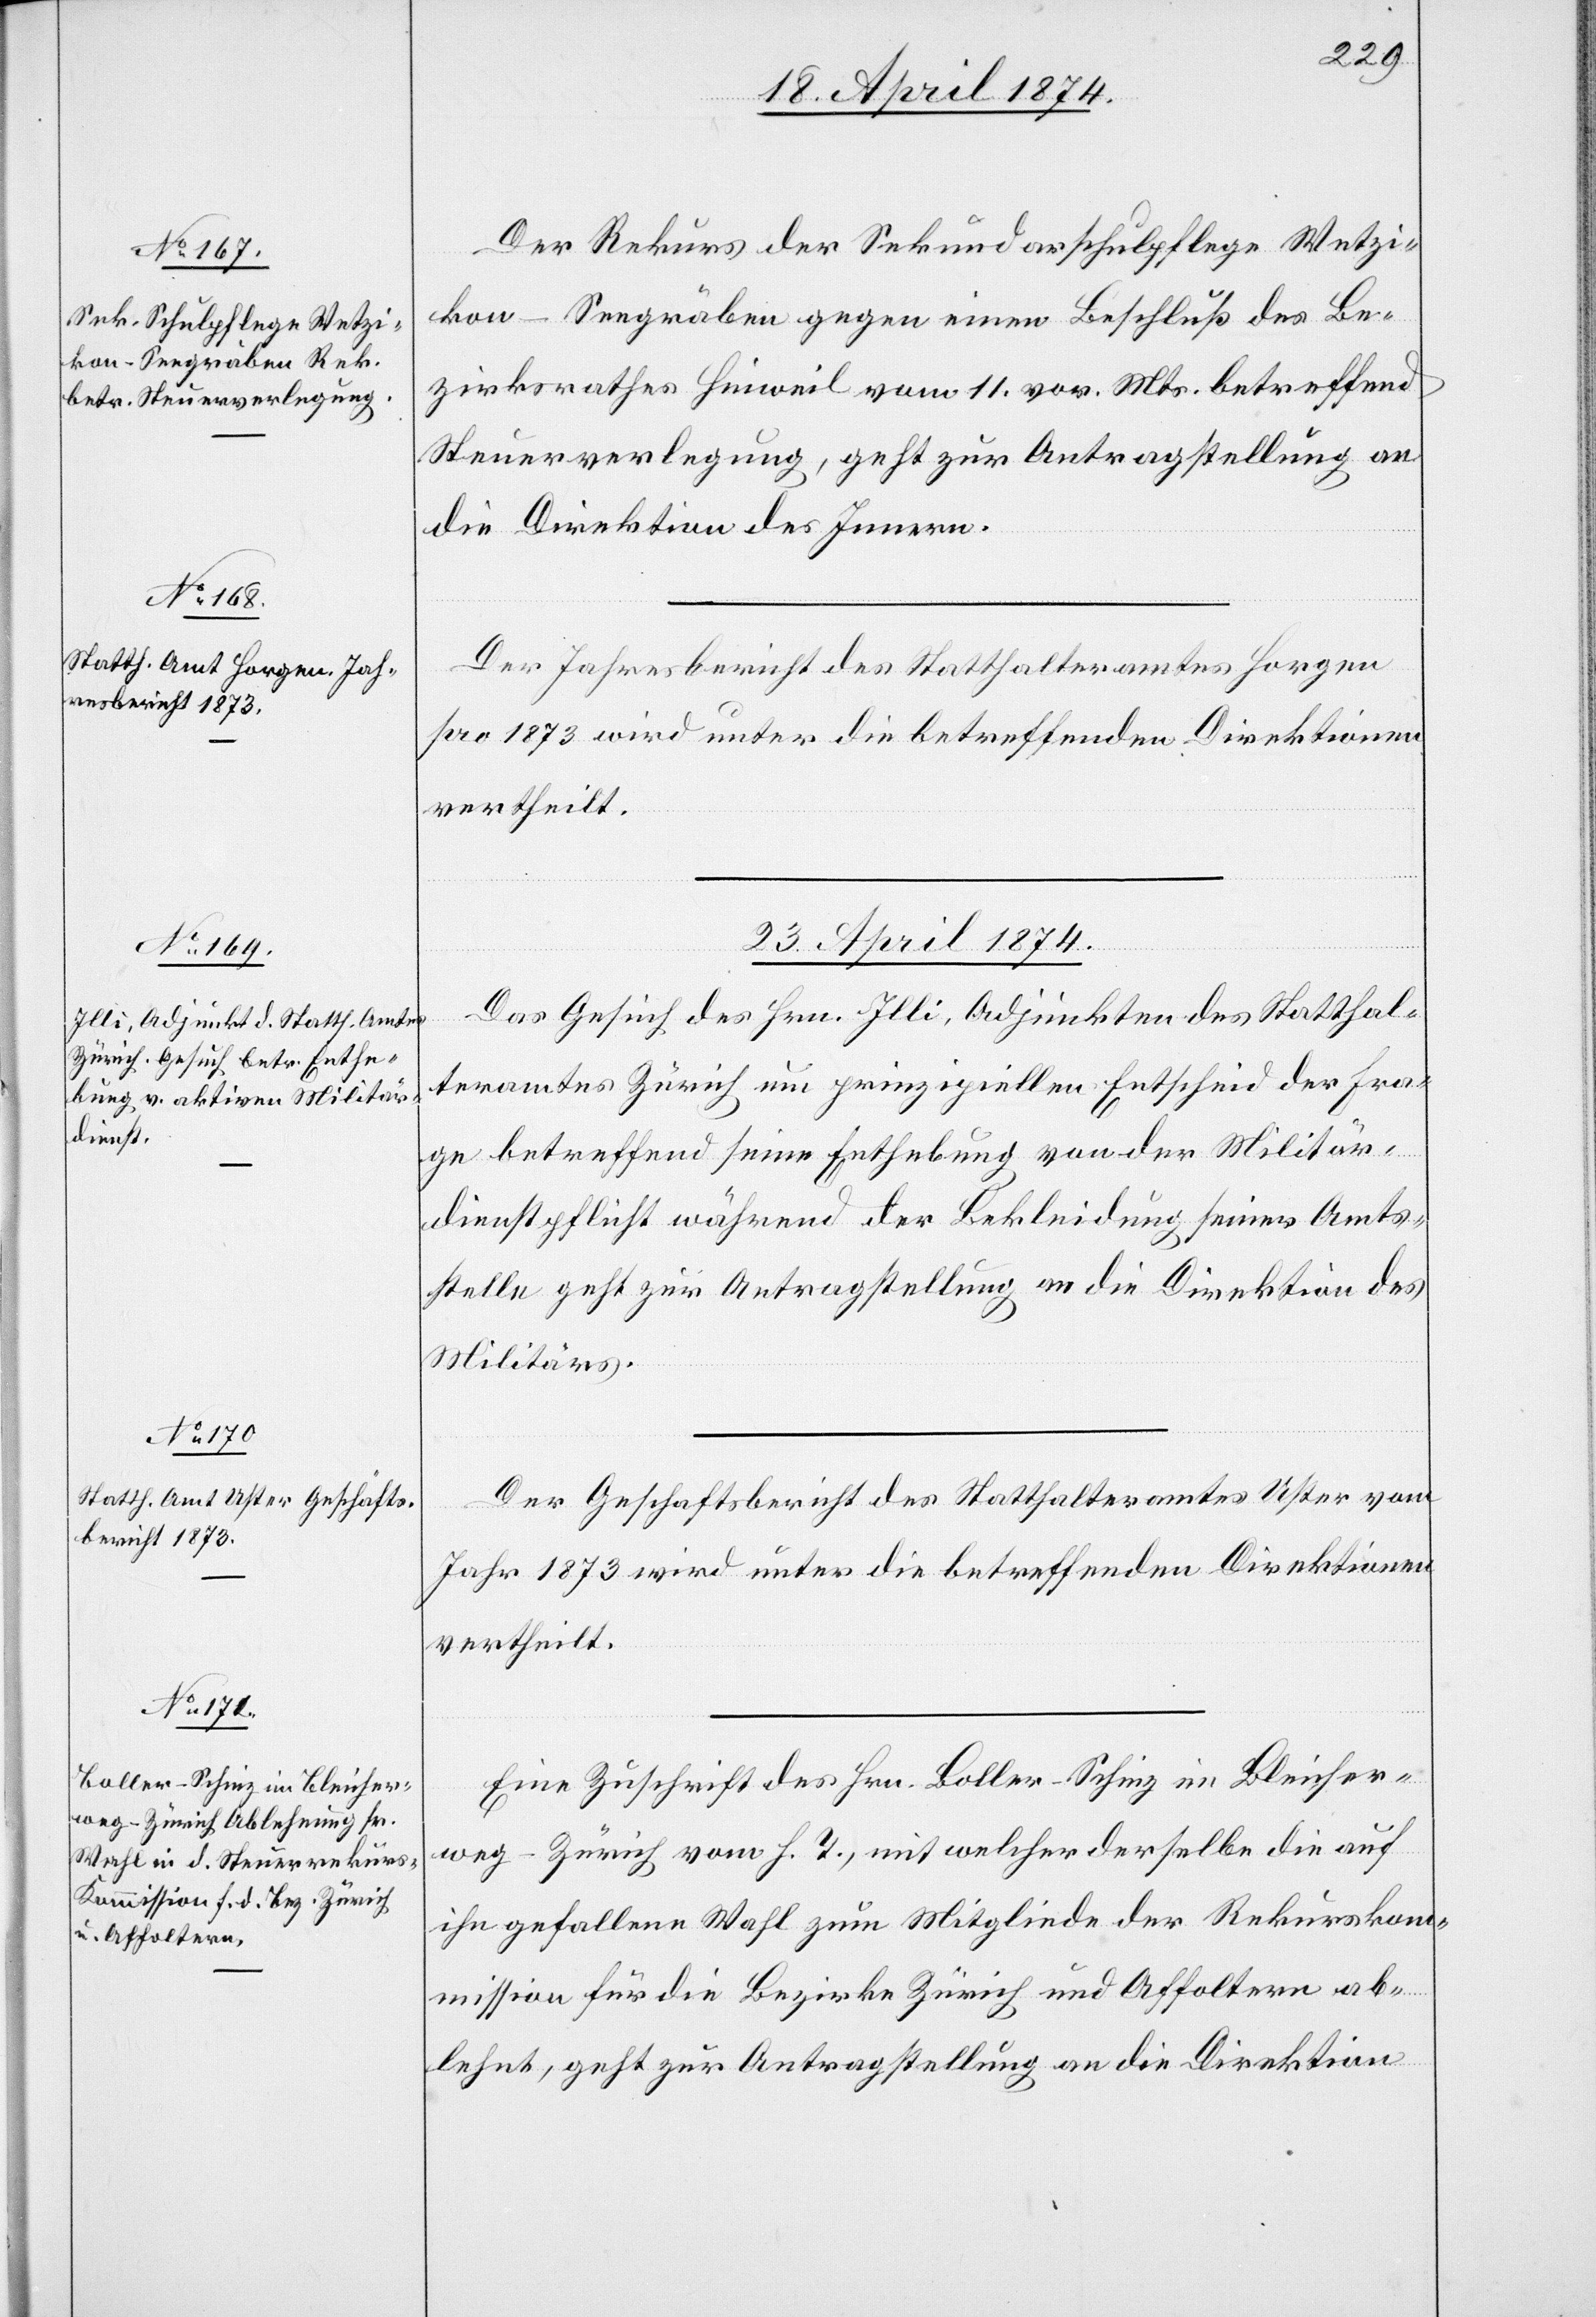
22. April 1874.]
Der Rekurs der Sekundarschulpflege Wetzi¬
kon-Seegräben gegen einen Beschluß des Be¬
zirksrathes Hinweil vom 11. vor. Mts. betreffend
Steuerverlegung, geht zur Antragstellung an
die Direktion des Innern.
Der Jahresbericht des Statthalteramtes Horgen
pro 1873 wird unter die betreffenden Direktionen
vertheilt.
23. April 1874.]
Das Gesuch des Hrn. Illi, Adjunkten des Statthal¬
teramtes Zürich um prinzipiellen Entscheid der Fra¬
ge betreffend seine Enthebung von der Militär¬
dienstpflicht während der Bekleidung seiner Amts¬
stelle geht zur Antragstellung an die Direktion des
Militärs.
Der Geschaftsbericht [sic!] des Statthalteramtes Uster vom
Jahr 1873 wird unter die betreffenden Direktionen
vertheilt.
Eine Zuschrift des Hrn. Boller-Schinz im Bleicher¬
weg-Zürich vom h. T., mit welcher derselbe die auf
ihn gefallene Wahl zum Mitgliede der Rekursko¬
mmission für die Bezirke Zürich und Affoltern ab¬
lehnt, geht zur Antragstellung an die Direktion